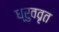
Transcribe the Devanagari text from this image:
ध्रुववृत